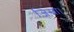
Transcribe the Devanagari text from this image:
ज़िस्ना।